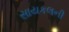
સાયકલની